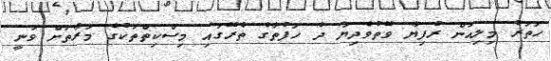
ހަތަރު މިލިއަން ރުފިޔާ ވޭތުވެދިޔަ ދެ ހަފުތާގެ ތެރޭގައި މިސްކިތްތަކުގެ މަރާތަށް ވަނީ